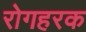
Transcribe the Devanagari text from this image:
रोगहरक